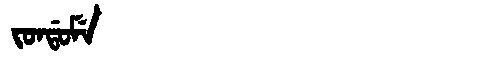
Manchu: ᠵᠣᠨᡩᠣᠮᡝ
Romanization: JONDOME